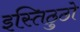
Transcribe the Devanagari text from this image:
इस्तिठुठो